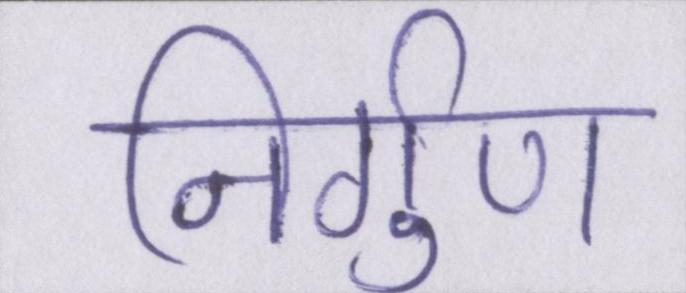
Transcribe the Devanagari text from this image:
निर्गुण